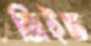
জিইভ